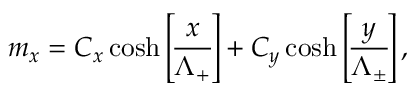
m _ { x } = C _ { x } \cosh \left[ \! \frac { x } { \Lambda _ { + } } \! \right] + C _ { y } \cosh \left[ \! \frac { y } { \Lambda _ { \pm } } \! \right] ,